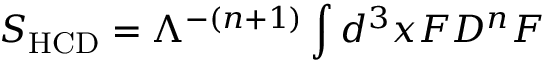
S _ { \mathrm { H C D } } = { \Lambda ^ { - ( n + 1 ) } } \int d ^ { 3 } x F D ^ { n } F